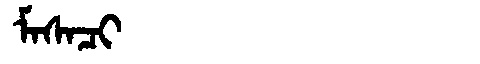
Manchu: ᠮᠠᠰᠠᠴᡳ
Romanization: MASACI